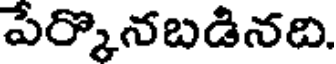
పేర్కొనబడినది.